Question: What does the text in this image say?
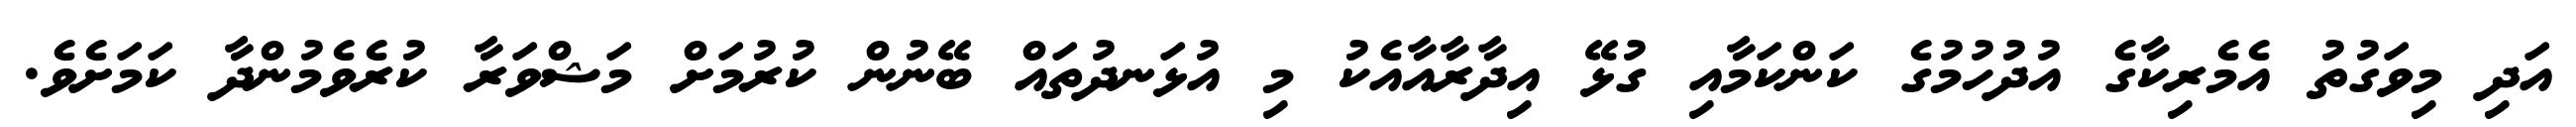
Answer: އަދި މިވަގުތު އެމެރިކާގެ އުދުހުމުގެ ކަންކަމާއި ގުޅޭ އިދާރާއާއެކު މި އުޅަނދުތައް ބޭނުން ކުރުމަށް މަޝްވަރާ ކުރެވެމުންދާ ކަމަށެވެ.